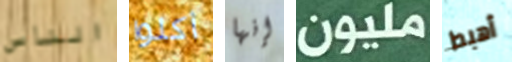
الناس أكلوا إنها مليون أهبط